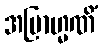
အဗြာဟ္မဏိံ